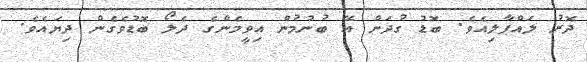
ދޮރު ލައްޕާލިއެވެ. ބޮޑު ގުދަން އޭ ބުނުމުން އިވީމެންގެ ދެލޯ ބޮޑުވެގެން ދިޔައެވެ.